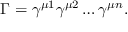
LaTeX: \Gamma = \gamma ^ { \mu 1 } \gamma ^ { \mu 2 } \dots \gamma ^ { \mu n } .